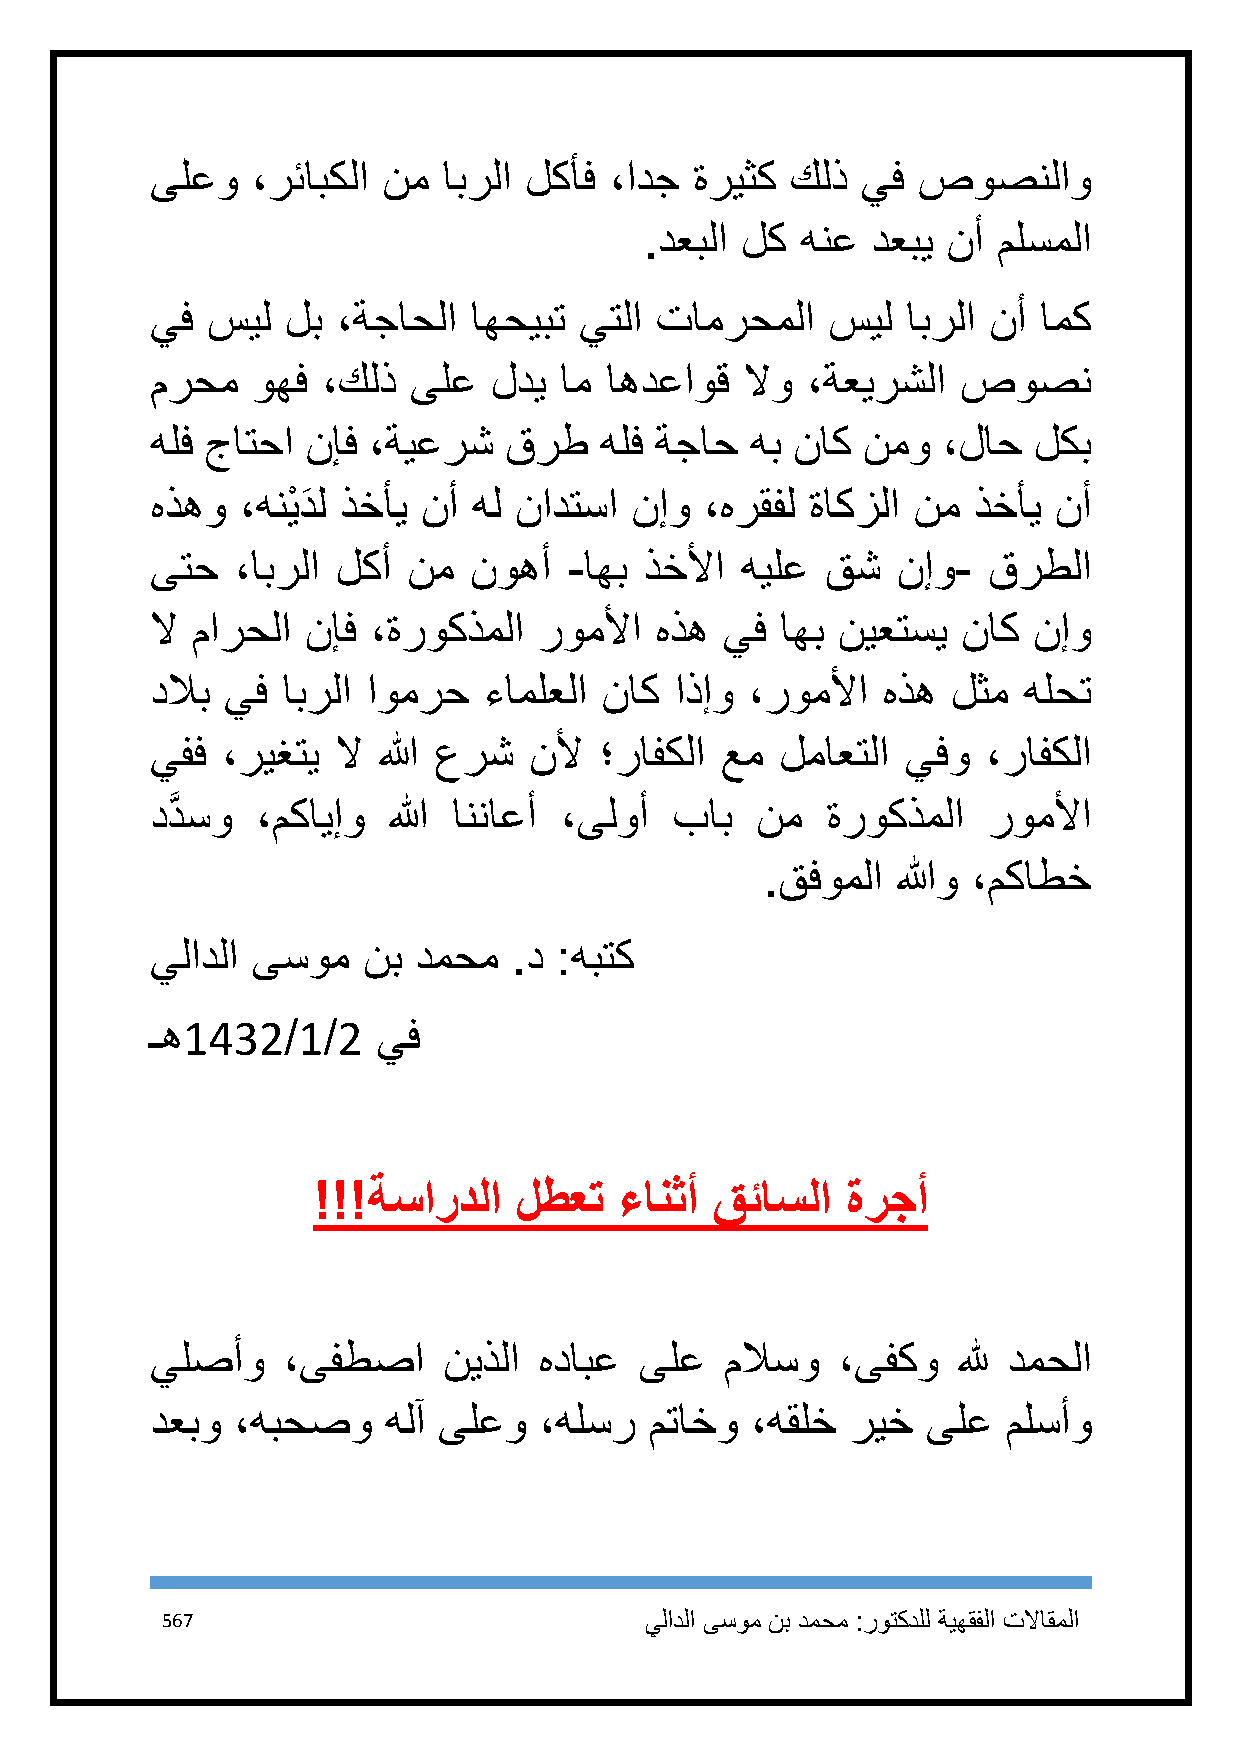
ىلعو   ،رئابكلا نم ابرلا لكأف ،ادج  ةريثك كلذ  يف  صوصنلاو
 .دعبلا لك هنع  دعبي نأ ملسملا
 يف  سيل  لب ،ةجاحلا  اهحيبت يتلا تامرحملا    سيل  ابرلا نأ امك
 مرحم   وهف ،كلذ  ىلع  لدي  ام اهدعاوق  لاو ،ةعيرشلا   صوصن
 هلف جاتحا نإف ،ةيعرش   قرط    هلف ةجاح  هب ناك نمو  ،لاح  لكب
 هذهو  ،هن يْ دَ ل ذخأي نأ هل نادتسا نإو ،هرقفل ةاكزلا نم ذخأي نأ
 ىتح   ،ابرلا لكأ نم  نوهأ   -اهب ذخلأا هيلع  قش  نإو-  قرطلا
 لا مارحلا نإف  ،ةروكذملا  روملأا هذه  يف  اهب نيعتسي  ناك نإو
 دلاب يف  ابرلا اومرح  ءاملعلا ناك  اذإو ،روملأا هذه  لثم  هلحت
 يفف  ،ريغتي لا الله عرش  نلأ  ؛رافكلا عم  لماعتلا يفو  ،رافكلا
 ددَّ سو ،مكايإو الله انناعأ ،ىلوأ  باب  نم   ةروكذملا  روملأا
 .قفوملا اللهو ،مكاطخ
 يلادلا ىسوم   نب دمحم   .د :هبتك
 ـه1432/1/2     يف
 !!!ةساردلا   لطعت   ءانثأ قئاسلا   ةرجأ
 يلصأو    ،ىفطصا    نيذلا  هدابع ىلع   ملاسو  ،ىفكو   لله دمحلا
 دعبو ،هبحصو     هلآ ىلعو  ،هلسر  متاخو  ،هقلخ ريخ  ىلع   ملسأو
 567                             يلادلا ىسوم نب دمحم :روتكدلل ةيهقفلا تلااقملا